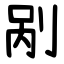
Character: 剐